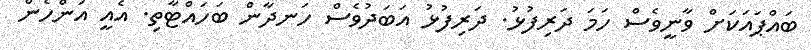
ބައްޕައަކަށް ވާނީވެސް ހަމަ ދަރިފުޅު. ދަރިފުޅު އަބަދުވެސް ހަނދާން ބަހައްޓާތި. އެއީ އަންހެން